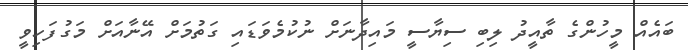
ބައެއް މީހުންގެ ތާއީދު ލިބި ސިޔާސީ މައިދާނަށް ނުކުމެވަޑައި ގަތުމަށް އޭނާއަށް މަގުފަހިވީ